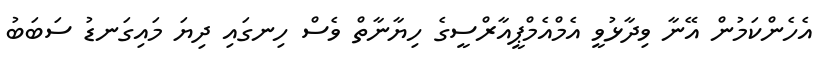
އެހެންކަމުން އޭނާ ވިދާޅުވީ އެމްއެމްޕީއާރްސީގެ ހިޔާނާތް ވެސް ހިނގައި ދިޔަ މައިގަނޑު ސަބަބު